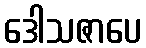
ဒေါသဇာပေ